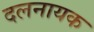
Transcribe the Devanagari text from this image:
दलनायक